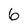
Character: 6